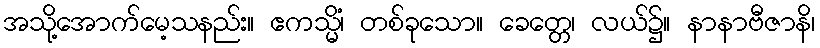
အသို့အောက်မေ့သနည်း။ ဧကသ္မိံ၊ တစ်ခုသော။ ခေတ္တေ၊ လယ်၌။ နာနာဗီဇာနိ၊